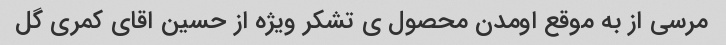
مرسی از به موقع اومدن محصول ی تشکر ویژه از حسین اقای کمری گل